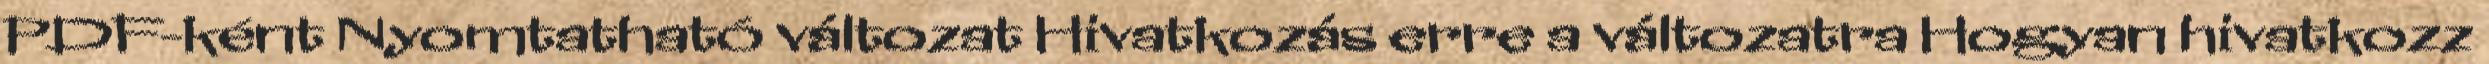
PDF-ként Nyomtatható változat Hivatkozás erre a változatra Hogyan hivatkozz